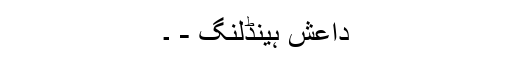
داعش ہینڈلنگ - ۔